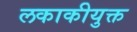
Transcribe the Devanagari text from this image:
लकाकीयुक्त